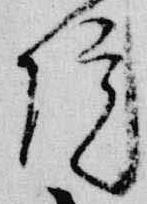
院